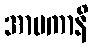
အာမကာနိ